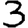
Digit: 3